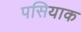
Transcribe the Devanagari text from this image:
पसियाक